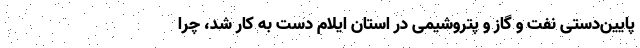
پایین‌دستی نفت و گاز و پتروشیمی در استان ایلام دست به کار شد، چرا